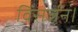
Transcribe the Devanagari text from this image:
विसर्जन।